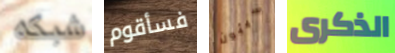
شبكه فسأقوم سيئون الذكرى